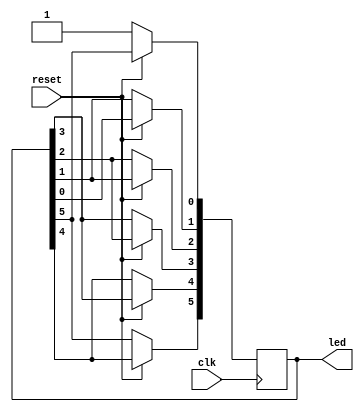
module ledshift(clk,reset,led);
    input clk,reset;
    output reg [5:0]led;
    always@(posedge clk)
    begin
    if(!reset)
    led[0]<=1'b1;
    else
    begin
    led[1]<=led[0];
    led[2]<=led[1];
    led[3]<=led[2];
    led[4]<=led[3];
    led[5]<=led[4];
    led[0]<=led[5];
    end
end
endmodule